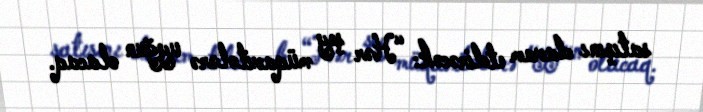
satışını davam etdirəcək: “Hər şey müqavilələrə uyğun olacaq.